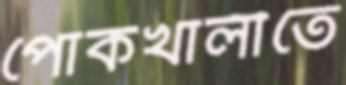
পোকখালীতে